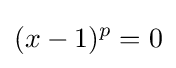
(x-1)^{p}=0